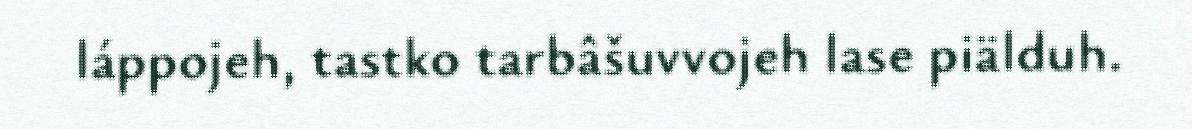
láppojeh, tastko tarbâšuvvojeh lase piälduh.